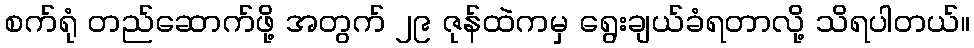
စက်ရုံ တည်ဆောက်ဖို့ အတွက် ၂၉ ဇုန်ထဲကမှ ရွေးချယ်ခံရတာလို့ သိရပါတယ်။